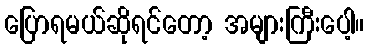
ပြောရမယ်ဆိုရင်တော့ အများကြီးပေါ့။